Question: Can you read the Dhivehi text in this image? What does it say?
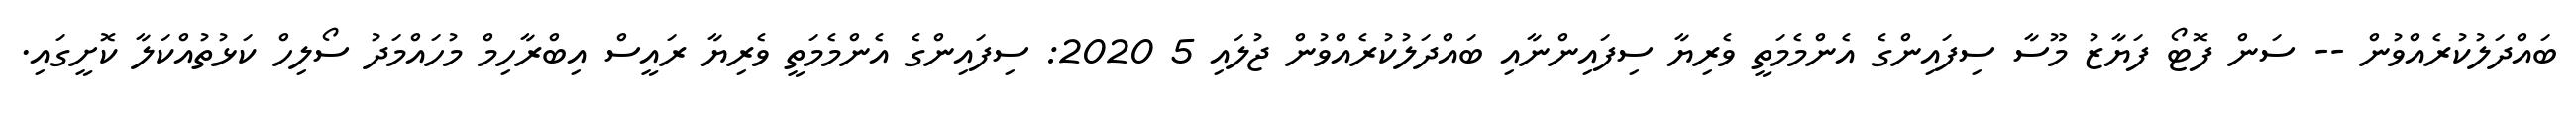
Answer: ބައްދަލުކުރެއްވުން -- ސަން ފޮޓޯ ފަޔާޒު މޫސާ ސިފައިންގެ އެންމެމަތީ ވެރިޔާ ސިފައިންނާއި ބައްދަލުކުރެއްވުން ޖުލައި 5 2020: ސިފައިންގެ އެންމެމަތީ ވެރިޔާ ރައީސް އިބްރާހިމް މުހައްމަދު ސޯލިހް ކަޅުތުއްކަލާ ކޮށީގައި.